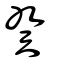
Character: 癸